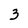
Character: 3